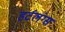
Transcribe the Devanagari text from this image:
हर्टलंग्स